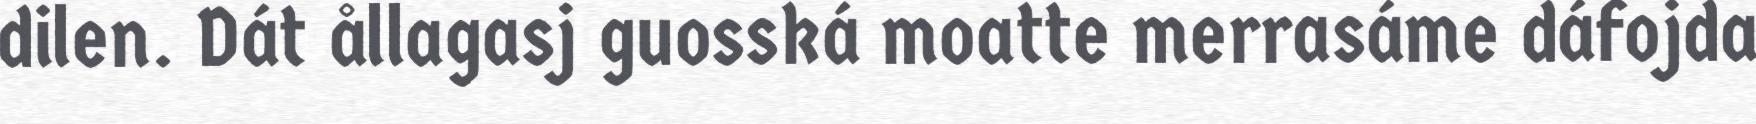
dilen. Dát ållagasj guosská moatte merrasáme dáfojda